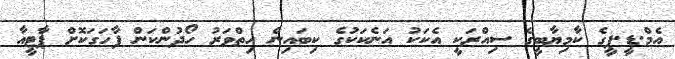
އެމް.ޑީ.ޕީގެ ކާމިޔާބީގެ ސިއްރަކީ އެކަކު އަނެކަކުގެ ކިބައިން ހިތްވަރު ހޯދުންކަން ފާހަގަކޮށް ޕާޓީއާ